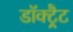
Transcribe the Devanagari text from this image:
डॉक्ट्रैट